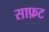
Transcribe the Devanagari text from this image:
साफ़ट